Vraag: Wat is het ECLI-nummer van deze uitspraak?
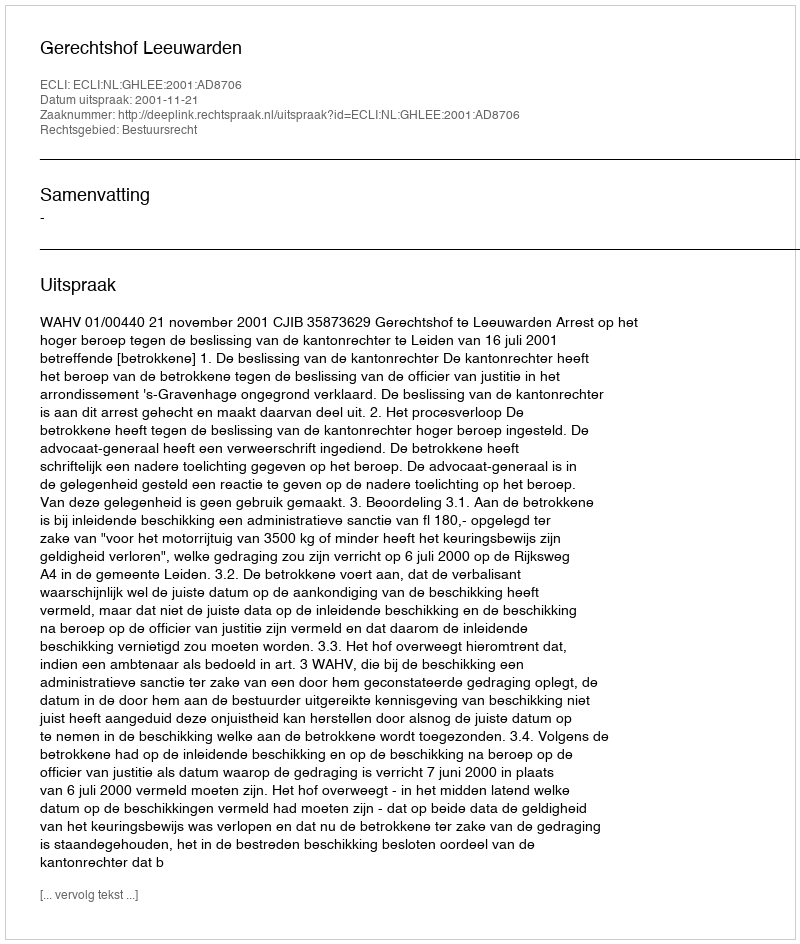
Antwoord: ECLI:NL:GHLEE:2001:AD8706